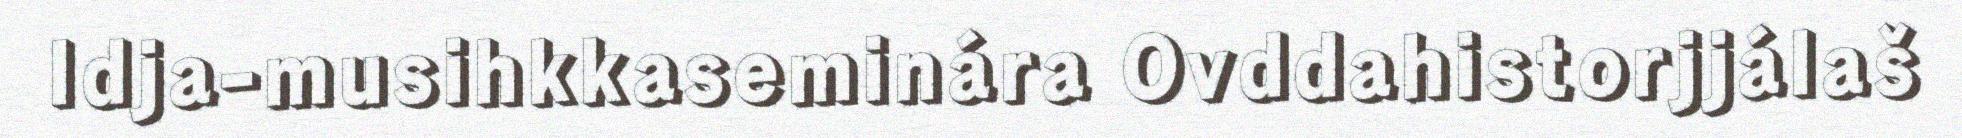
Idja-musihkkaseminára Ovddahistorjjálaš